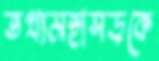
তথ্যমহাসড়কে